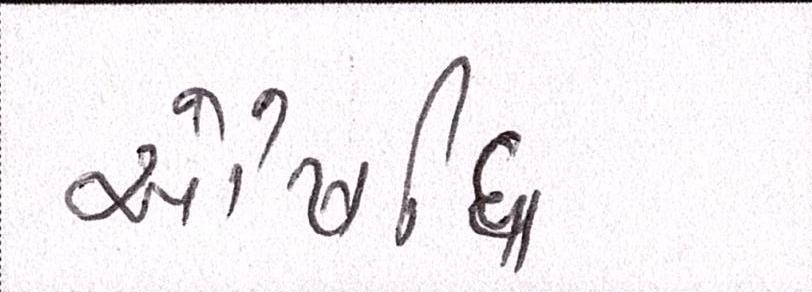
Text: ઔષધિ